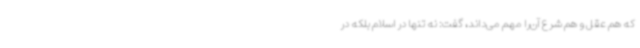
که هم عقل و هم شرع آن‌را مهم می‌داند، گفت: نه تنها در اسلام بلکه در